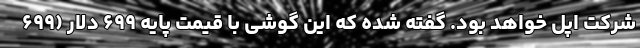
شرکت اپل خواهد بود. گفته شده که این گوشی با قیمت پایه ۶۹۹ دلار (۶۹۹